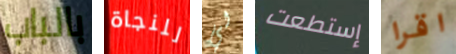
بالباب للنجاة لي إستطعت اقرا